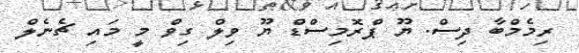
ރިމެމްބާ ދިސް. ޔޫ ޕްރޮމިސްޑް ޔޫ ވިލް ގިވް މީ މައި ޗެނެލް